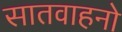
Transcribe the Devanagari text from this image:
सातवाहनो